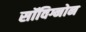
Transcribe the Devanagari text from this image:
सॉविग्नोन